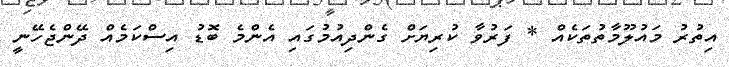
އިތުރު މައުލޫމާތުތަކެއް * ފަރުވާ ކުރިޔަށް ގެންދިއުމުގައި އެންމެ ބޮޑު އިސްކަމެއް ދޭންޖެހޭނީ